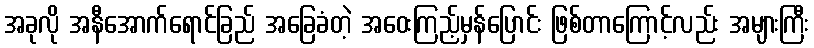
အခုလို အနီအောက်ရောင်ခြည် အခြေခံတဲ့ အဝေးကြည့်မှန်ပြောင်း ဖြစ်တာကြောင့်လည်း အများကြီး